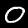
Label: 0